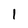
Character: l